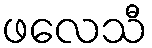
ဖလေသီ